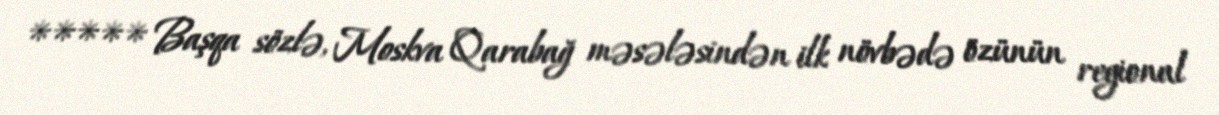
***** Başqa sözlə, Moskva Qarabağ məsələsindən ilk növbədə özünün regional